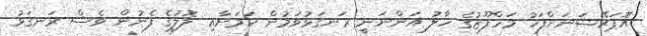
އޮޕަރޭޝަނަށްފަހު މަހްފޫޒުގެ ހާލު އަންނަނީ ރަނގަޅުވަމުން ކަމަށާއި ލޮލުގެ ފެނުން ވެސް ރަނގަޅު